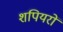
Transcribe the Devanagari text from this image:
शपियरों